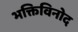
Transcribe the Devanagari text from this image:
भक्तिविनोद